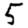
Digit: 5